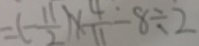
= ( - \frac { 1 1 } { 2 } ) \times \frac { 4 } { 1 1 } - 8 \div 2